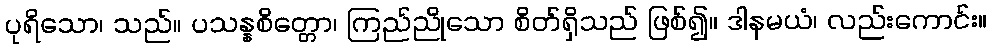
ပုရိသော၊ သည်။ ပသန္နစိတ္တော၊ ကြည်ညိုသော စိတ်ရှိသည် ဖြစ်၍။ ဒါနမယံ၊ လည်းကောင်း။